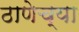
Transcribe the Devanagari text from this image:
ठाणेच्‍या